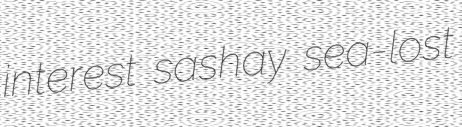
interest sashay sea-lost